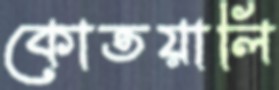
কোতয়ালি